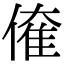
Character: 𠌱